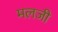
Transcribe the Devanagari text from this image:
मलजी